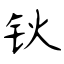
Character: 钬